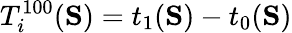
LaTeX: T_{i}^{100}(\mathbf{S})=t_{1}(\mathbf{S})-t_{0}(\mathbf{S})